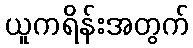
ယူကရိန်းအတွက်